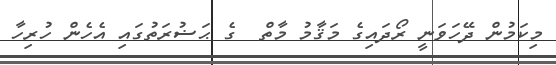
މިކަމުން ދޭހަވަނީ ރޯދައިގެ މަޤާމު މާތް  ގެ ޙަޟުރަތުގައި އެހެން ހުރިހާ